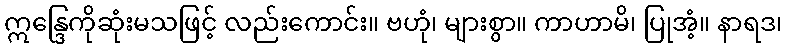
ဣန္ဒြေကိုဆုံးမသဖြင့် လည်းကောင်း။ ဗဟုံ၊ များစွာ။ ကာဟာမိ၊ ပြုအံ့။ နာရဒ၊